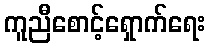
ကူညီစောင့်ရှောက်ရေး